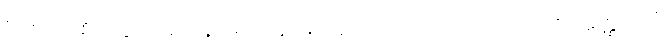
“ဥဇုဂတစိတ္တော ခေါ ပန, မဟာနာမ, အရိယသာဝကော လဘတိ အတ္ထဝေဒံ,